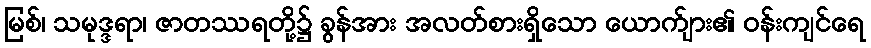
မြစ်၊ သမုဒ္ဒရာ၊ ဇာတဿရတို့၌ ခွန်အား အလတ်စားရှိသော ယောက်ျား၏ ဝန်းကျင်ရေ